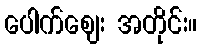
ပေါက်ဈေး အတိုင်း။